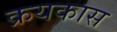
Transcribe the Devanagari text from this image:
क्रयकास